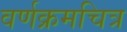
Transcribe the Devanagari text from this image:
वर्णक्रमचित्र